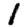
Digit: 1